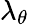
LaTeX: \lambda_{\theta}